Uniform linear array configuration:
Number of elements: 24
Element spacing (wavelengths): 0.75
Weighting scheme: binomial
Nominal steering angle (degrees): -15
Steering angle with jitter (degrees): -14.134
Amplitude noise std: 0.05
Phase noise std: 0.05

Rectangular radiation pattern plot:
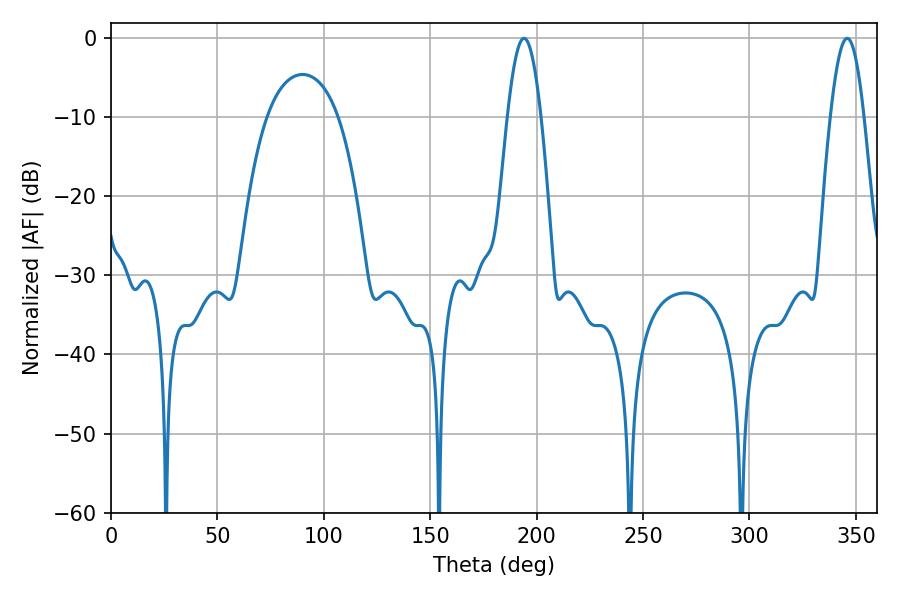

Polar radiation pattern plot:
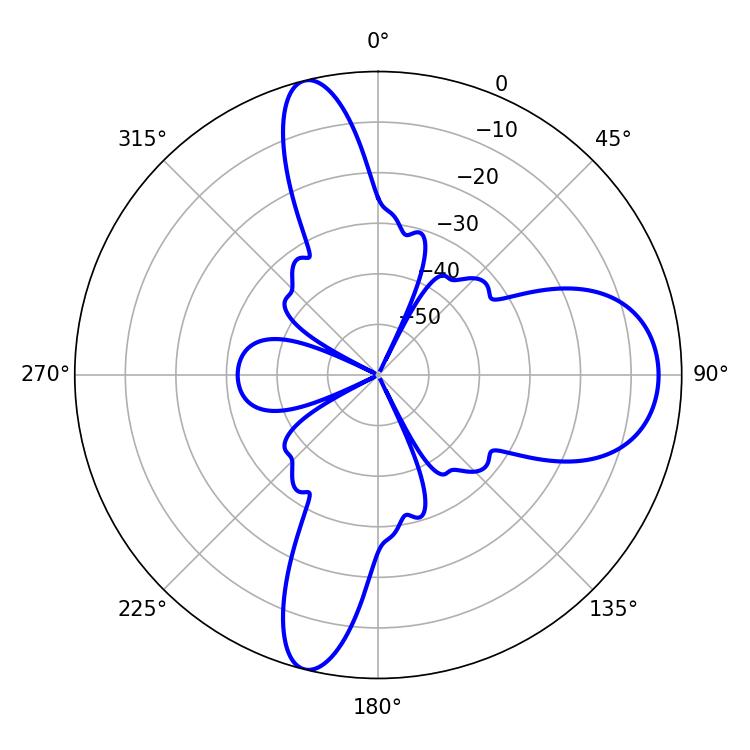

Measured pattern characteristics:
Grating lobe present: TRUE
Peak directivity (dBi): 13.977
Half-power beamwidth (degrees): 8.46
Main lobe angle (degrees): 194.04